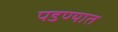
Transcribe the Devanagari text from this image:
पडण्यात